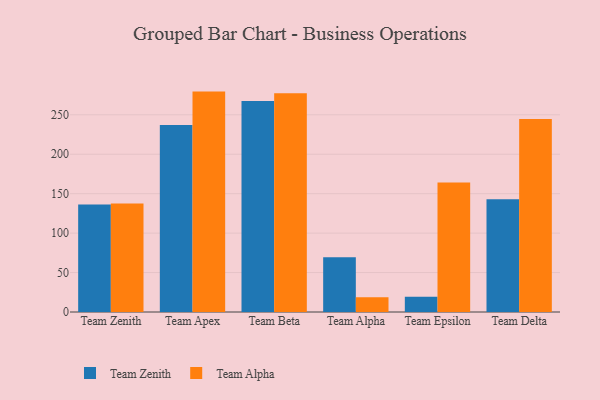
{"axis": {"x": "Team", "y": "Net Income (USD K)"}, "legend": ["Team Alpha", "Team Zenith"], "data": [{"x": "Team Zenith", "y": 136.3, "type": "Team Zenith"}, {"x": "Team Zenith", "y": 137.7, "type": "Team Alpha"}, {"x": "Team Apex", "y": 237.0, "type": "Team Zenith"}, {"x": "Team Apex", "y": 279.4, "type": "Team Alpha"}, {"x": "Team Beta", "y": 267.4, "type": "Team Zenith"}, {"x": "Team Beta", "y": 277.2, "type": "Team Alpha"}, {"x": "Team Alpha", "y": 69.5, "type": "Team Zenith"}, {"x": "Team Alpha", "y": 18.6, "type": "Team Alpha"}, {"x": "Team Epsilon", "y": 19.2, "type": "Team Zenith"}, {"x": "Team Epsilon", "y": 164.3, "type": "Team Alpha"}, {"x": "Team Delta", "y": 143.0, "type": "Team Zenith"}, {"x": "Team Delta", "y": 244.6, "type": "Team Alpha"}]}